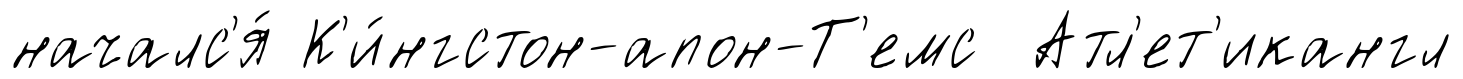
началс'я́ К'и́нгстон-апон-Т'емс Атл'ет'икангл